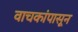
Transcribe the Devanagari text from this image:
वाचकांपासून